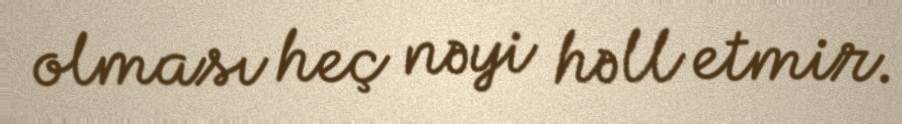
olması heç nəyi həll etmir.